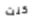
كنت